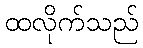
ထလိုက်သည်